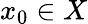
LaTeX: x_{0}\in X